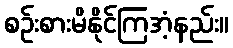
စဉ်းစားမိနိုင်ကြအံ့နည်း။